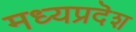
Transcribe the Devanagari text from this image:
मध्यप्रदॆश